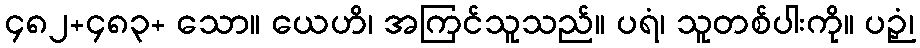
၄၈၂+၄၈၃+ သော။ ယေဟိ၊ အကြင်သူသည်။ ပရံ၊ သူတစ်ပါးကို။ ပဉှံ၊